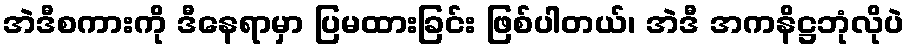
အဲဒီစကားကို ဒီနေရာမှာ ပြမထားခြင်း ဖြစ်ပါတယ်၊ အဲဒီ အကနိဋ္ဌဘုံလိုပဲ